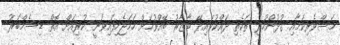
މަސްވެރިކަމާއި ގުޅުންހުރި ތަކެތި ދައްކުވައިދޭ ބާޒާރު ބޭއްވުމަށް ހަމަޖެހިފައިވަނީ ކުރިއަށް އޮތް ޑިސެމްބަރު